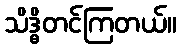
သိဒ္ဓိတင်ကြတယ်။